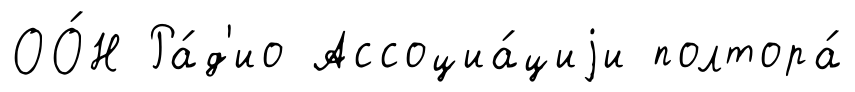
ОО́Н Ра́д'ио Ассоциа́циjи полтора́